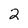
Character: 2